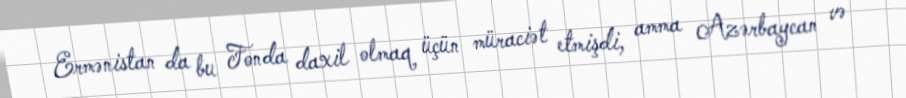
Ermənistan da bu Fonda daxil olmaq üçün müraciət etmişdi, amma Azərbaycan və